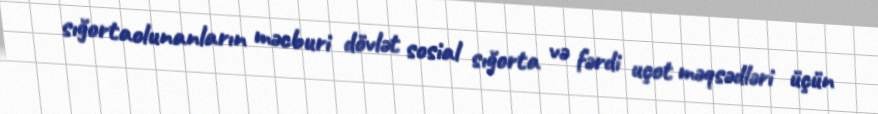
sığortaolunanların məcburi dövlət sosial sığorta və fərdi uçot məqsədləri üçün